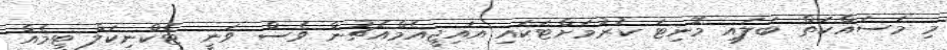
މި މަސައްކަތް ބަލައި މޮނިޓަ ކުރުމަށްޓަކައި އައިޖީއެމްއެޗުން ވެސް ވަނީ ޓެކްނިކަލް ޓީމެއް